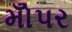
મોઁપર